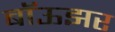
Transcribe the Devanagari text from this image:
बॉऊझर